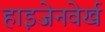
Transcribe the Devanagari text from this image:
हाइजेनवेर्ख